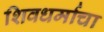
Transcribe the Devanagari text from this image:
शिवधर्माचा